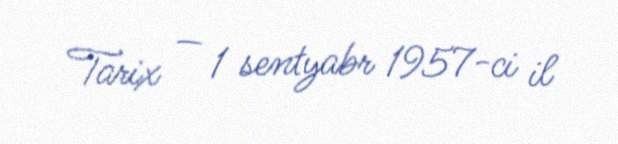
Tarix — 1 sentyabr 1957-ci il